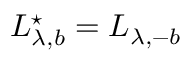
L _ { \lambda , b } ^ { \star } = L _ { \lambda , - b }